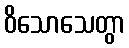
ဝိသောသေတွာ